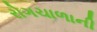
રોગચાળાની